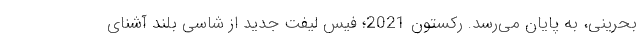
بحرینی، به پایان می‌رسد. رکستون 2021؛ فیس لیفت جدید از شاسی بلند آشنای